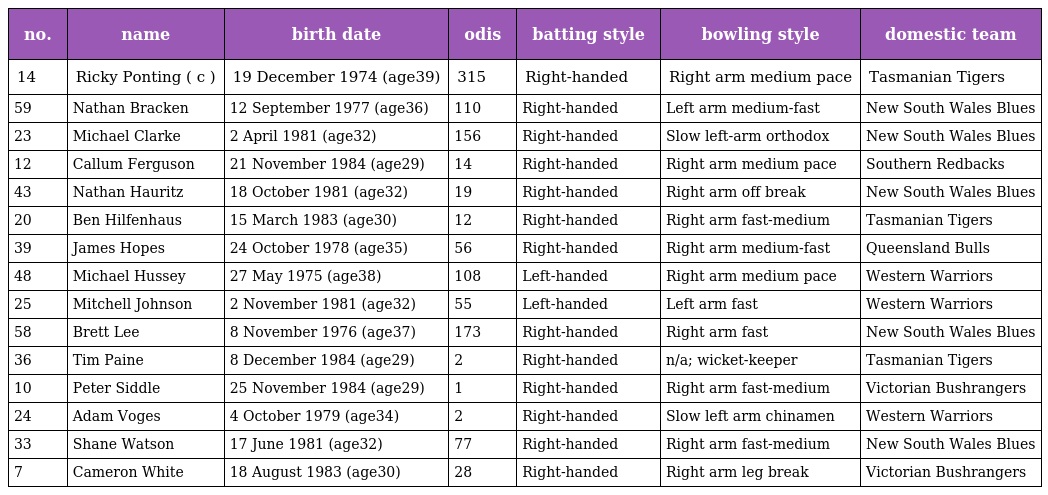
| no. | name | birth date | odis | batting style | bowling style | domestic team |
 | --- | --- | --- | --- | --- | --- | --- |
 | 14 | Ricky Ponting ( c ) | 19 December 1974 (age39) | 315 | Right-handed | Right arm medium pace | Tasmanian Tigers |
 | 59 | Nathan Bracken | 12 September 1977 (age36) | 110 | Right-handed | Left arm medium-fast | New South Wales Blues |
 | 23 | Michael Clarke | 2 April 1981 (age32) | 156 | Right-handed | Slow left-arm orthodox | New South Wales Blues |
 | 12 | Callum Ferguson | 21 November 1984 (age29) | 14 | Right-handed | Right arm medium pace | Southern Redbacks |
 | 43 | Nathan Hauritz | 18 October 1981 (age32) | 19 | Right-handed | Right arm off break | New South Wales Blues |
 | 20 | Ben Hilfenhaus | 15 March 1983 (age30) | 12 | Right-handed | Right arm fast-medium | Tasmanian Tigers |
 | 39 | James Hopes | 24 October 1978 (age35) | 56 | Right-handed | Right arm medium-fast | Queensland Bulls |
 | 48 | Michael Hussey | 27 May 1975 (age38) | 108 | Left-handed | Right arm medium pace | Western Warriors |
 | 25 | Mitchell Johnson | 2 November 1981 (age32) | 55 | Left-handed | Left arm fast | Western Warriors |
 | 58 | Brett Lee | 8 November 1976 (age37) | 173 | Right-handed | Right arm fast | New South Wales Blues |
 | 36 | Tim Paine | 8 December 1984 (age29) | 2 | Right-handed | n/a; wicket-keeper | Tasmanian Tigers |
 | 10 | Peter Siddle | 25 November 1984 (age29) | 1 | Right-handed | Right arm fast-medium | Victorian Bushrangers |
 | 24 | Adam Voges | 4 October 1979 (age34) | 2 | Right-handed | Slow left arm chinamen | Western Warriors |
 | 33 | Shane Watson | 17 June 1981 (age32) | 77 | Right-handed | Right arm fast-medium | New South Wales Blues |
 | 7 | Cameron White | 18 August 1983 (age30) | 28 | Right-handed | Right arm leg break | Victorian Bushrangers |